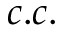
c . c .